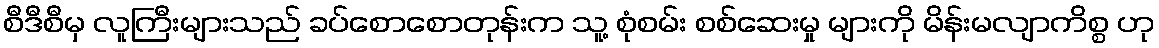
စီဒီစီမှ လူကြီးများသည် ခပ်စောစောတုန်းက သူ့ စုံစမ်း စစ်ဆေးမှု များကို မိန်းမလျာကိစ္စ ဟု